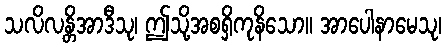
သလိလန္တိအာဒီသု၊ ဤသို့အစရှိကုနိသော။ အာပေါနာမေသု၊